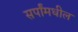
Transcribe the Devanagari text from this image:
सर्पांमधील